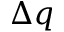
\Delta q